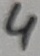
Text: 4